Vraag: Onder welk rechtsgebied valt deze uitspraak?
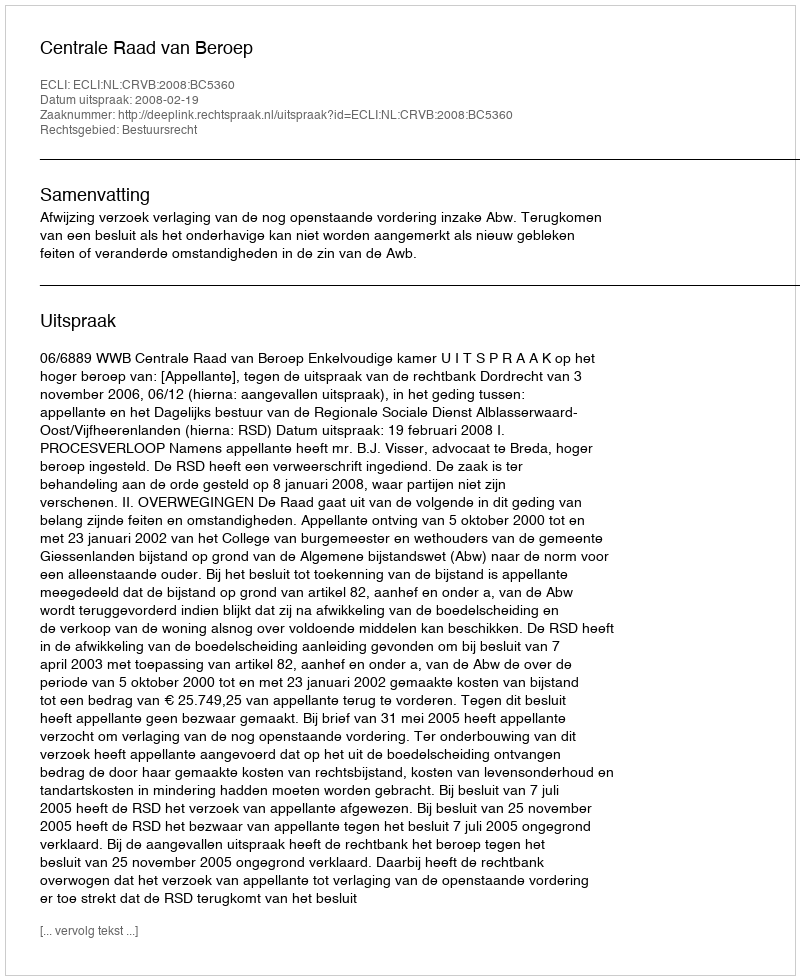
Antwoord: Bestuursrecht